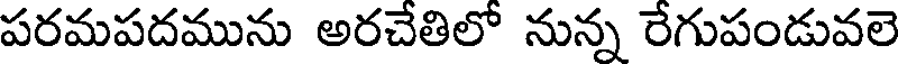
పరమపదమును అరచేతిలో నున్న రేగుపండువలె